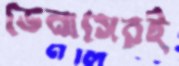
ভেনাসেরই